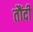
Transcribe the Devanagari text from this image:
तौंदी